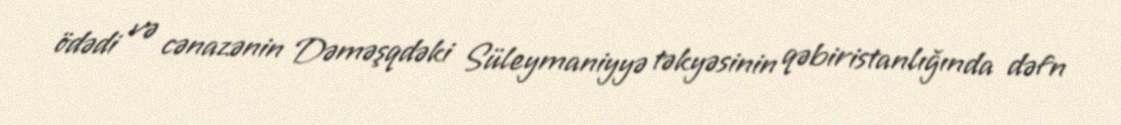
ödədi və cənazənin Dəməşqdəki Süleymaniyyə təkyəsinin qəbiristanlığında dəfn